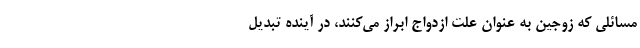
مسائلی که زوجین به عنوان علت ازدواج ابراز می‌کنند، در آینده تبدیل